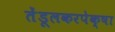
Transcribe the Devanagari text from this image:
तेंडूलकरपेक्षा